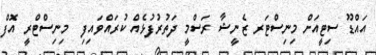
އައްޑޫ ސިޓީއަށް މިނިސްޓަރ ޒެނީޝާ ރަސްމީ ދަތުރުފުޅެއް ކުރައްވައިފި  މިނިސްޓްރީ އޮފް